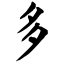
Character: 多